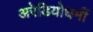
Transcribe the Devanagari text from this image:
अरेडियोधर्मी